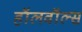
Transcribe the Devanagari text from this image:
हॉलवॉल्स